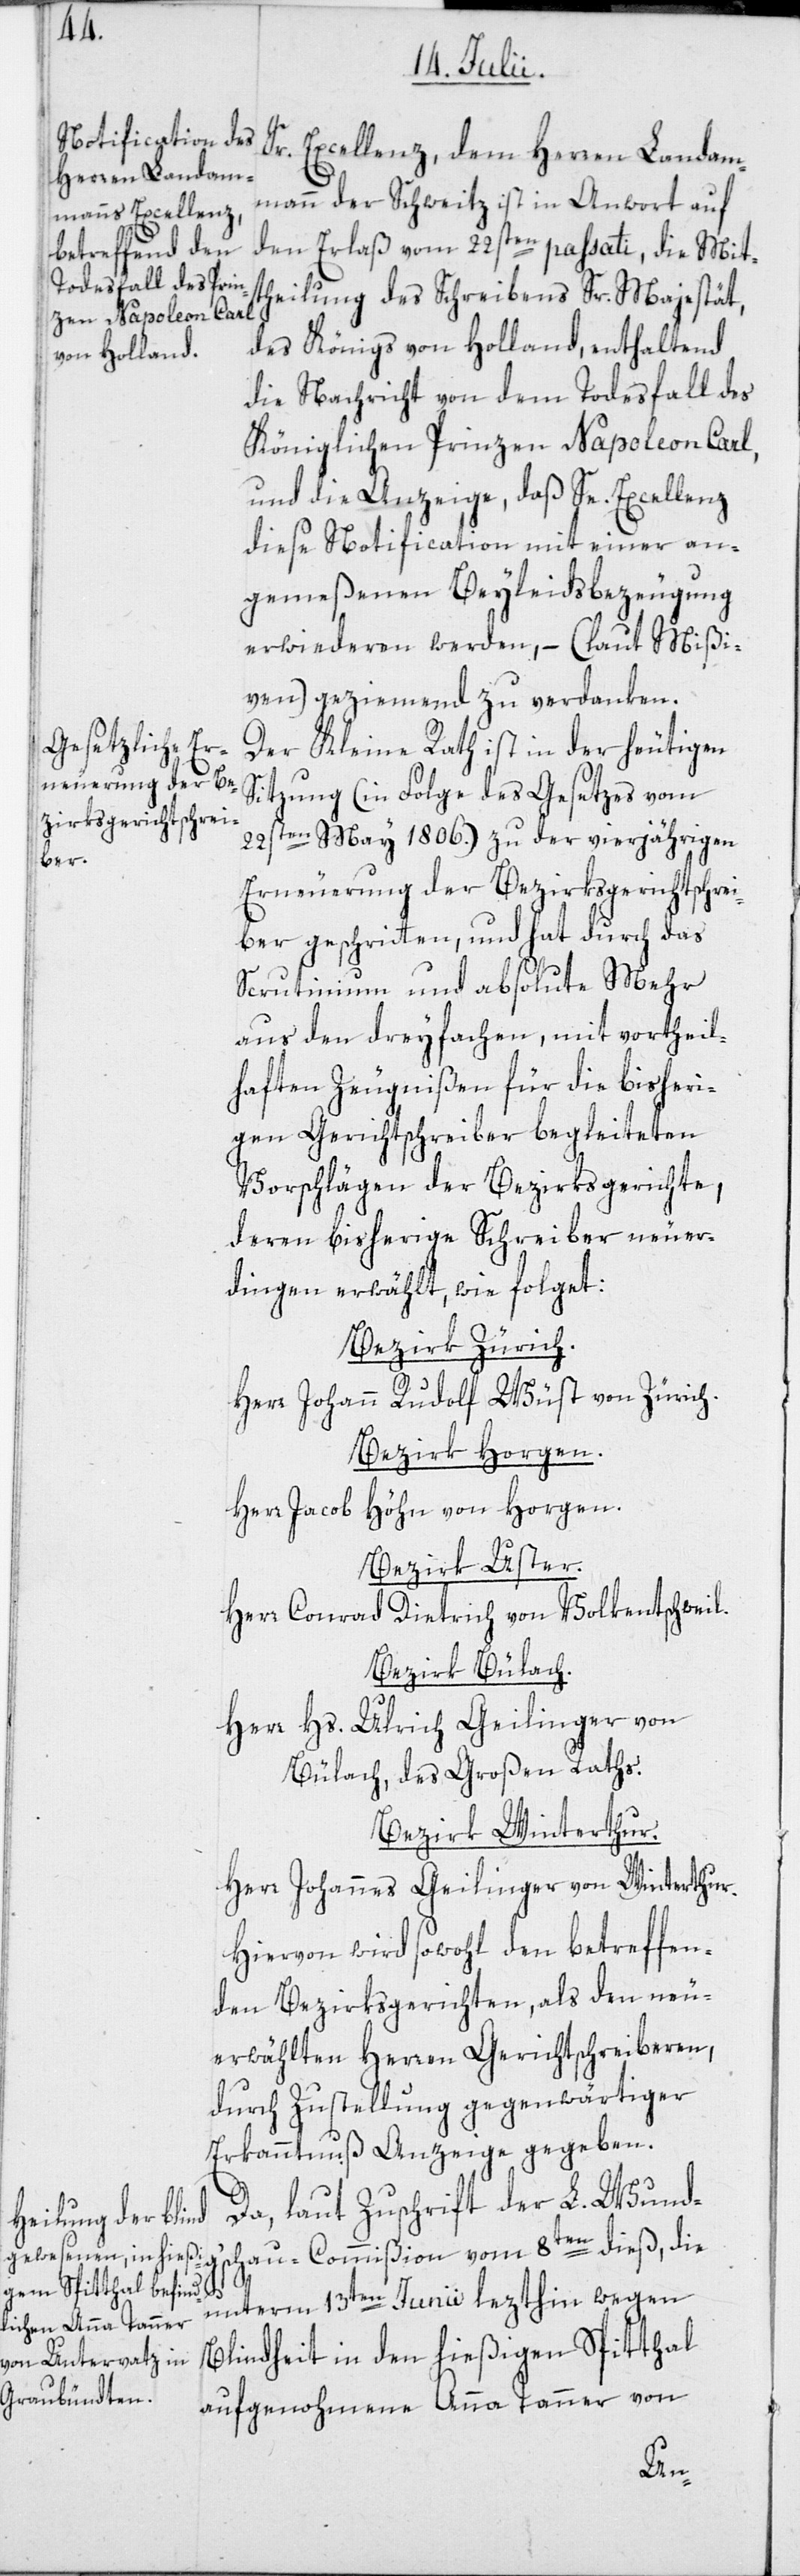
Sr. Excellenz, dem Herren Landam¬
mann der Schweitz ist in Antwort auf
den Erlaß vom 22sten passati, die Mit¬
theilung des Schreibens Sr. Majestät,
des Königs von Holland, enthaltend
die Nachricht von dem Todesfall des
Königlichen Prinzen Napoleon Carl,
und die Anzeige, daß Se. Excellenz
diese Notification mit einer an¬
gemeßenen Beyleidsbezeugung
erwiederen werden, – (laut Mißi¬
ven) geziemend zu verdanken.
Der Kleine Rath ist in der heutigen
Sitzung (in Folge des Gesetzes vom
May 1806.) zu der vierjährigen
Erneuerung der Bezirksgerichtschrei¬
ber geschritten, und hat durch das
Scrutinium und absolute Mehr
aus den dreyfachen, mit vortheil¬
haften Zeugnißen für die bisheri¬
gen Gerichtschreiber begleiteten
Vorschlägen der Bezirksgerichte,
deren bisherige Schreiber neuer¬
dingen erwählt, wie folget:
Bezirk Zürich.
Herr Johann Rudolf Wüst von Zürich.
Bezirk Horgen.
Herr Jacob Höhn von Horgen.
Bezirk Uster.
Herr Conrad Dietrich von Volkentschweil.
Bezirk Bülach.
Herr Hs. Ulrich Geilinger von
Bülach, des Großen Raths.
Bezirk Winterthur.
Herr Johannes Geilinger von Winterthur.
Hievon wird sowohl den betreffen¬
den Bezirksgerichten, als den neu¬
erwählten Herren Gerichtschreiberen,
durch Zustellung gegenwärtiger
Erkanntnuß Anzeige gegeben.
Da, laut Zuschrift der L. Wundgʼ¬
schau-Commißion vom 8ten dieß, die
unterm 13ten Junii lezthin wegen
Blindheit in den hießigen Spitthal
aufgenohmene Anna Tanner von